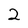
Character: 2